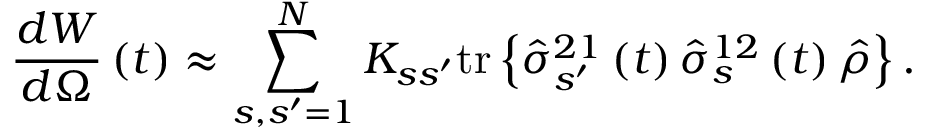
\frac { d W } { d \Omega } \left( t \right) \approx \sum _ { s , s ^ { \prime } = 1 } ^ { N } K _ { s s ^ { \prime } } \mathrm { t r } \left\{ \hat { \sigma } _ { s ^ { \prime } } ^ { 2 1 } \left( t \right) \hat { \sigma } _ { s } ^ { 1 2 } \left( t \right) \hat { \rho } \right\} .